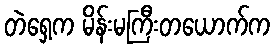
တဲရှေ့က မိန်းမကြီးတယောက်က